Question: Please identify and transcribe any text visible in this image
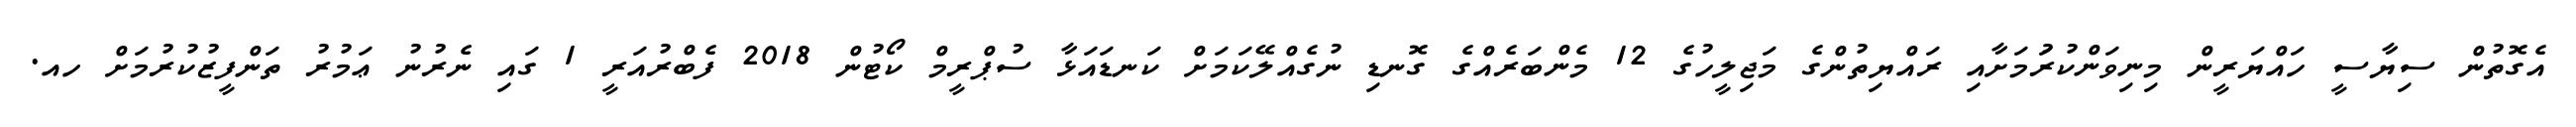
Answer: އެގޮތުން ސިޔާސީ ހައްޔަރީން މިނިވަންކުރުަމަށާއި ރައްޔިތުންގެ މަޖިލީހުގެ 12 މެންބަރެއްގެ ގޮނޑި ނުގެއްލޭކަމަށް ކަނޑައަޅާ ސުޕްރީމް ކޯޓުން 2018 ފެބްރުއަރީ 1 ގައި ނެރުނު ޢަމުރު ތަންފީޒުކުރުމަށް ހއ.